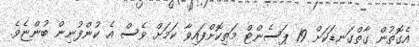
އެގޮތުން ގާތްގަނޑަކަށް 19 ޕަސެންޓް މަތިކޮށްފައިވާ ކަމަށް ވެސް އެ ކުންފުނިން ބުންޏެވެ.